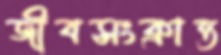
জীবসংক্রান্ত